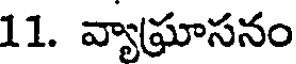
11. వ్యాఘాసనం